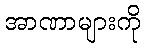
အာဏာများကို